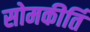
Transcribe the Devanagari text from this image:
सोमकीर्ति